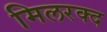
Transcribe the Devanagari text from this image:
मिलरक्द